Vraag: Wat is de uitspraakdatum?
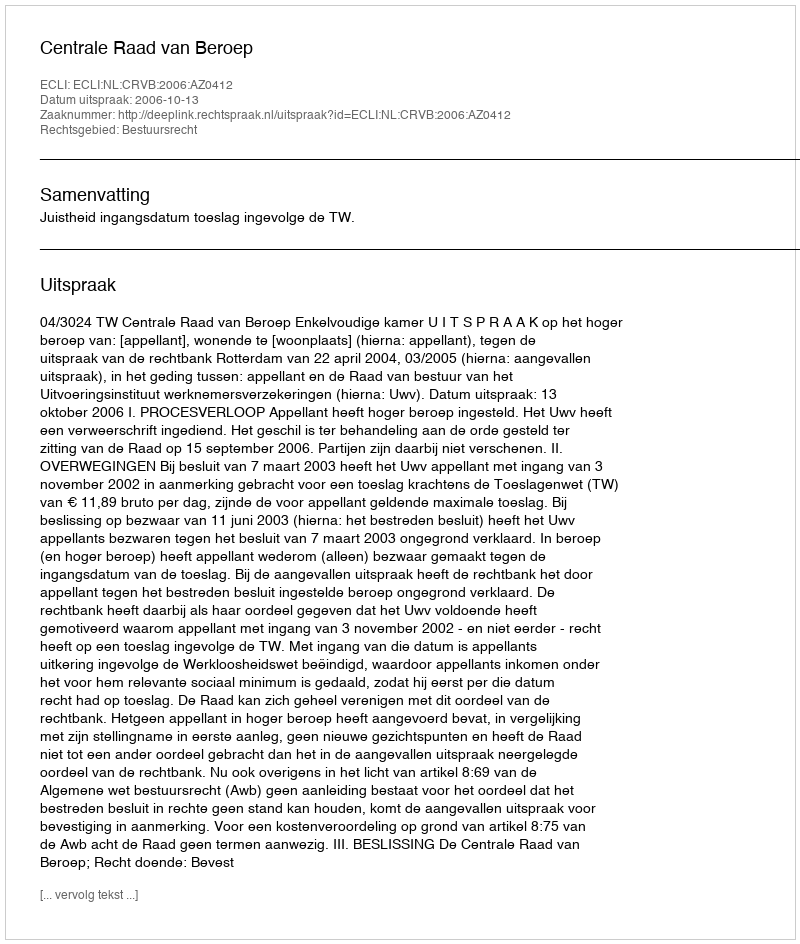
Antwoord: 2006-10-13